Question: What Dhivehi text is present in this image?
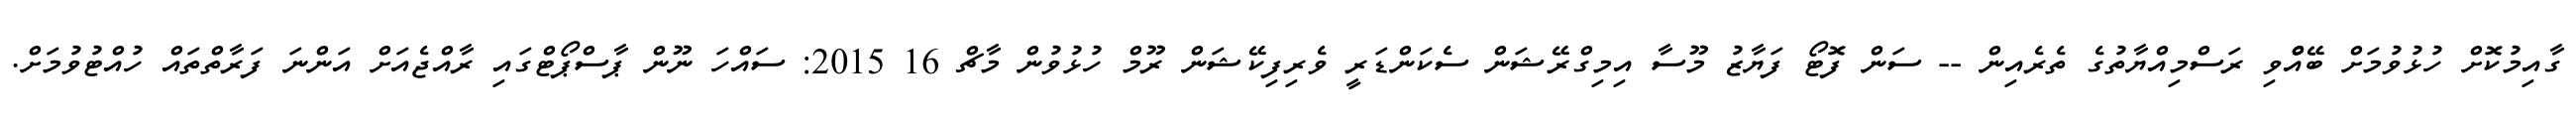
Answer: ގާއިމުކޮށް ހުޅުވުމަށް ބޭއްްވި ރަސްމިއްޔާތުގެ ތެރެއިން -- ސަން ފޮޓޯ ފަޔާޒު މޫސާ އިމިގްރޭޝަން ސެކަންޑަރީ ވެރިފިކޭޝަން ރޫމް ހުޅުވުން މާޗް 16 2015: ސައްހަ ނޫން ޕާސްޕޯޓްގައި ރާއްޖެއަށް އަންނަ ފަރާތްތައް ހުއްޓުވުމަށް.